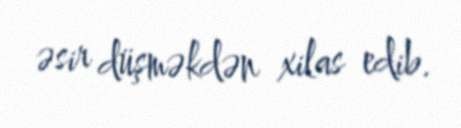
əsir düşməkdən xilas edib.